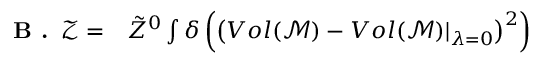
\begin{array} { r l } { \textbf { B . } \, \mathcal { Z } = } & { { } \tilde { Z } ^ { 0 } \int \delta \left( \left( V o l ( \mathcal { M } ) - V o l ( \mathcal { M } ) \vert _ { \lambda = 0 } \right) ^ { 2 } \right) } \end{array}